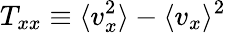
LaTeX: T_{xx}\equiv\langle v_{x}^{2}\rangle-\langle v_{x}\rangle^{2}